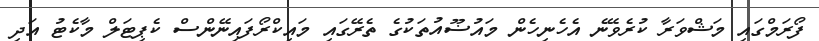
ފޯރަމްގައި މަޝްވަރާ ކުރެވޭނެ އެހެނިހެން މައުޟޫއުތަކުގެ ތެރޭގައި މައިކްރޯފައިނޭންސް ކެޕިޓަލް މާކެޓު އަދި